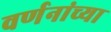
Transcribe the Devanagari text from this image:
वर्णनांच्या